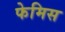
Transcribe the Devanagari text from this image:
फेमिस